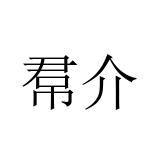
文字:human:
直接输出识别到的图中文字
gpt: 帬介